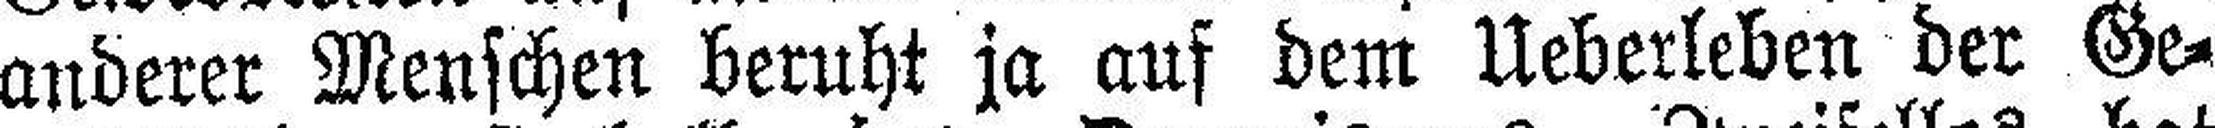
anderer Menschen beruht ja auf dem Ueberleben der Ge¬